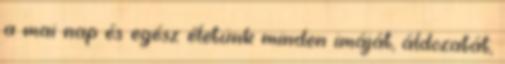
a mai nap és egész életünk minden imáját, áldozatát,